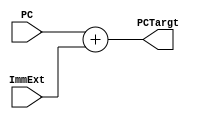
/*
   Created by : Mohamed Hazem Mamdouh
   12-08-2023
   7:30 PM
 */


//*********** 32-bit alu for only addition operation *****************//

module PCTargt (PC,ImmExt ,PCTargt);
     
	input  wire  [31:0] PC;
  input  wire  [31:0] ImmExt;
	output wire  [31:0] PCTargt ;
	assign PCTargt = PC + ImmExt;

endmodule